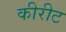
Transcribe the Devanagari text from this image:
कीरीट